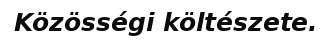
Közösségi költészete.